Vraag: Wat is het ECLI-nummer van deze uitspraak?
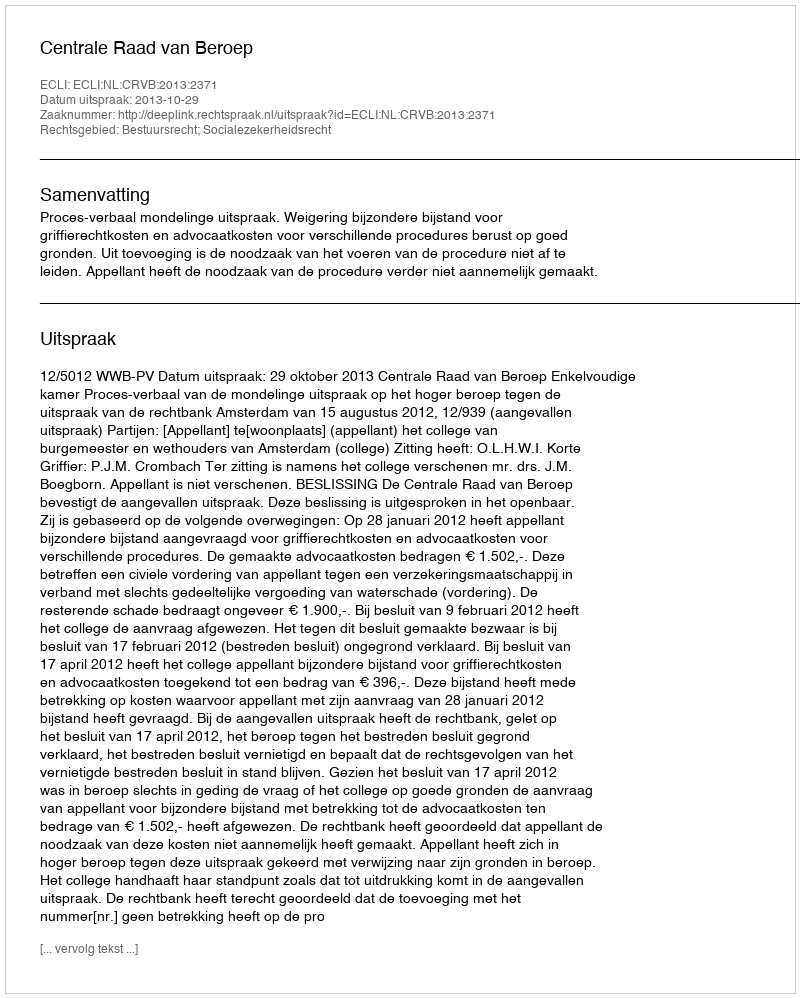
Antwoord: ECLI:NL:CRVB:2013:2371